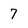
Character: 7